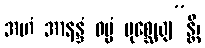
အဟံ အာနန္ဒံ ဓမ္မံ ပုစ္ဆေယျ”န္တိ၊